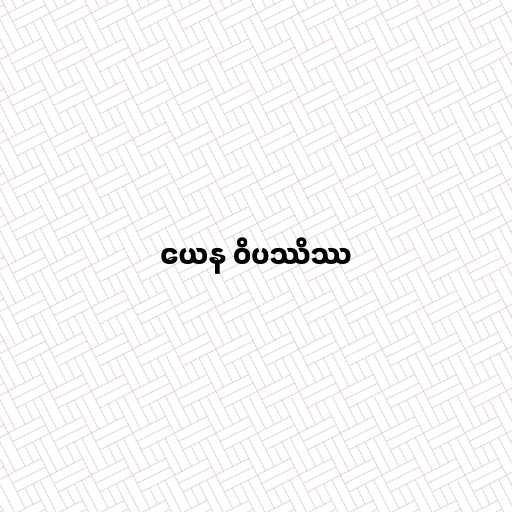
ယေန ဝိပဿိဿ